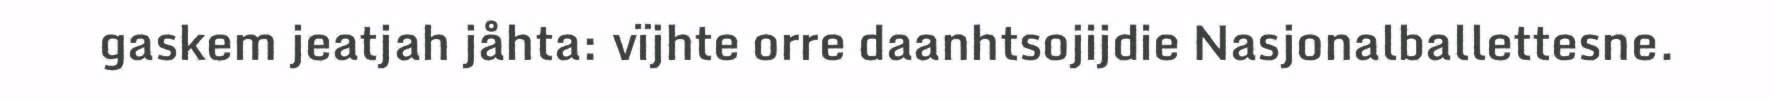
gaskem jeatjah jåhta: vïjhte orre daanhtsojijdie Nasjonalballettesne.